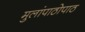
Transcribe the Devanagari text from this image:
मुलांपाठोपाठ